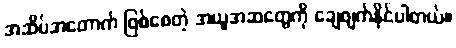
အဆိပ်အတောက် ဖြစ်စေတဲ့ အယူအဆတွေကို ချေဖျက်နိုင်ပါတယ်။